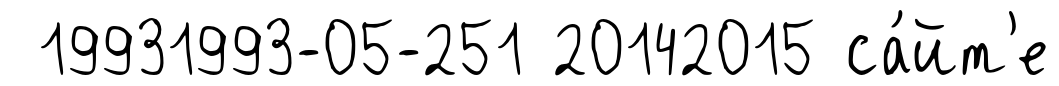
19931993-05-251 20142015 са́йт'е